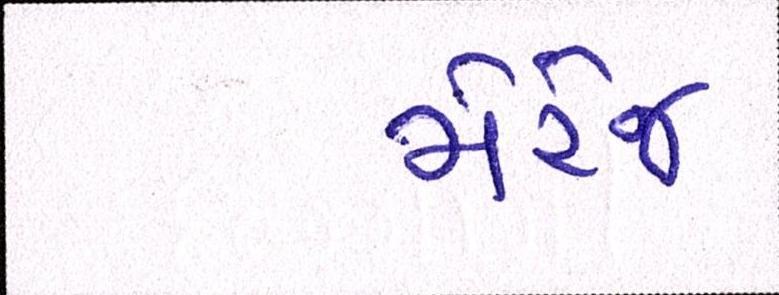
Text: મેરેજ